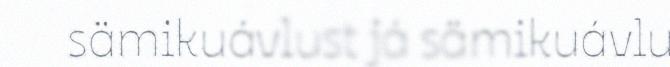
sämikuávlust já sämikuávlu